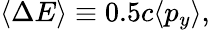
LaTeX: \langle\Delta E\rangle\equiv 0.5c\langle p_{y}\rangle,